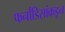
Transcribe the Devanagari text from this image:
फर्नांडिसांकडून